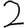
Digit: 2